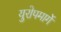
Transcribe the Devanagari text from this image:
युरोपमार्गे